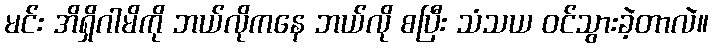
မင်း အိရှိဂါမိကို ဘယ်လိုကနေ ဘယ်လို စပြီး သံသယ ဝင်သွားခဲ့တာလဲ။